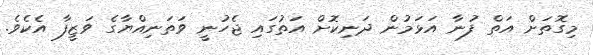
މިގޮތަށް އަތް ފުނާ އަޅަމުން ދަނިކޮށް އަތުގައި ޖެހުނީ ވަތަނިއްޔާގެ ވަޒީފާ އެކެވެ.